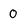
Character: 0